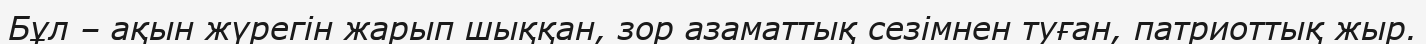
Бұл – ақын жүрегін жарып шыққан, зор азаматтық сезімнен туған, патриоттық жыр.